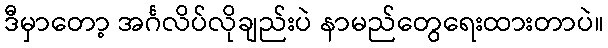
ဒီမှာတော့ အင်္ဂလိပ်လိုချည်းပဲ နာမည်တွေရေးထားတာပဲ။